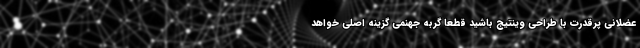
عضلانی پرقدرت با طراحی وینتیج باشید قطعا گربه جهنمی گزینه اصلی خواهد